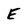
Character: E